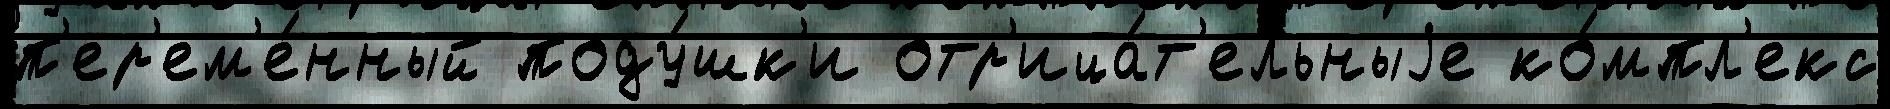
п'ер'ем'е́нный поду́шк'и отр'ица́т'ельныjе ко́мпл'екс